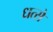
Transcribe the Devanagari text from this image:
धत्से